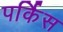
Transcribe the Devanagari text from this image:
पर्किस